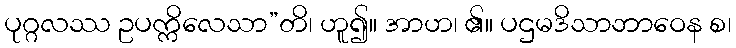
ပုဂ္ဂလဿ ဥပက္ကိလေသာ”တိ၊ ဟူ၍။ အာဟ၊ ၏။ ပဌမဒိသာဘာဝေန စ၊